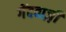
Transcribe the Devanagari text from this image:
गेंदबाज़़ी